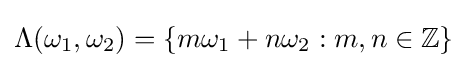
\Lambda (\omega _{1},\omega _{2})=\{m\omega _{1}+n\omega _{2}:m,n\in \mathbb {Z} \}